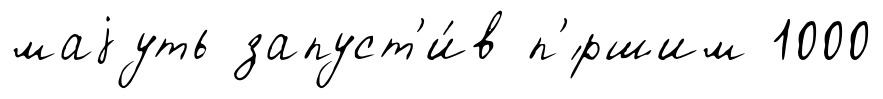
маjуть запуст'и́в п'́ршим 1000